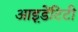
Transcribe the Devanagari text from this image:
आइ़डेंटिटी